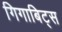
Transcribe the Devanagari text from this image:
गिगाबिट्स